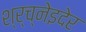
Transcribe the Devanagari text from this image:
श्र्च्नेइदेर